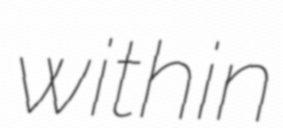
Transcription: within